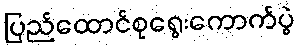
ပြည်ထောင်စုရွေးကောက်ပွဲ